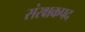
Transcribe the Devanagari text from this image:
संरक्षकपद